Problem: 4 × 9 = ?
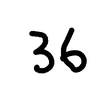
Handwritten answer: 36